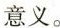
意义。